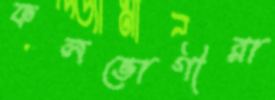
ফলভোগীরা